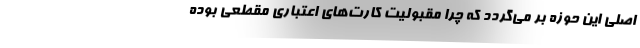
اصلی این حوزه بر می‌گردد که چرا مقبولیت کارت‌های اعتباری مقطعی بوده